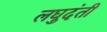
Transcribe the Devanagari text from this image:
लघुदंती